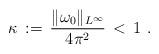
LaTeX: \begin{align*} \kappa \,:=\, \frac{\|\omega_0\|_{L^\infty}}{4\pi^2} \,<\, 1~.\end{align*}